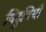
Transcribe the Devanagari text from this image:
विदुषियो